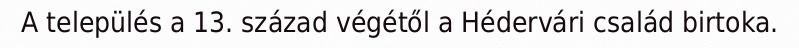
A település a 13. század végétől a Hédervári család birtoka.